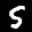
Label: 5